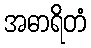
အဓာရိတံ